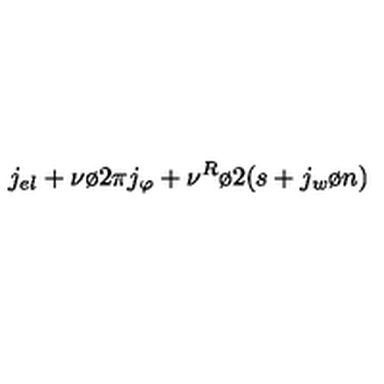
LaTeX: j _ { e l } + { { \nu } \o { 2 \pi } } j _ { \varphi } + { { \nu ^ { R } } \o 2 } ( s + { { j _ { w } } \o n } )